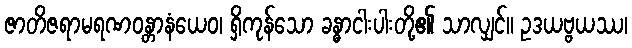
ဇာတိဇရာမရဏဝန္တာနံယေဝ၊ ရှိကုန်သော ခန္ဓာငါးပါးတို့၏ သာလျှင်။ ဥဒယဗ္ဗယဿ၊